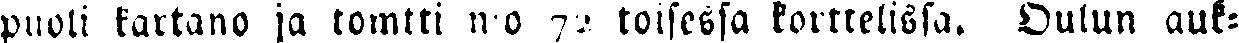
puoli kartano ja tomtti n:o 72 toisessa korttelissa. Oulun auk-